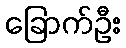
ခြောက်ဦး